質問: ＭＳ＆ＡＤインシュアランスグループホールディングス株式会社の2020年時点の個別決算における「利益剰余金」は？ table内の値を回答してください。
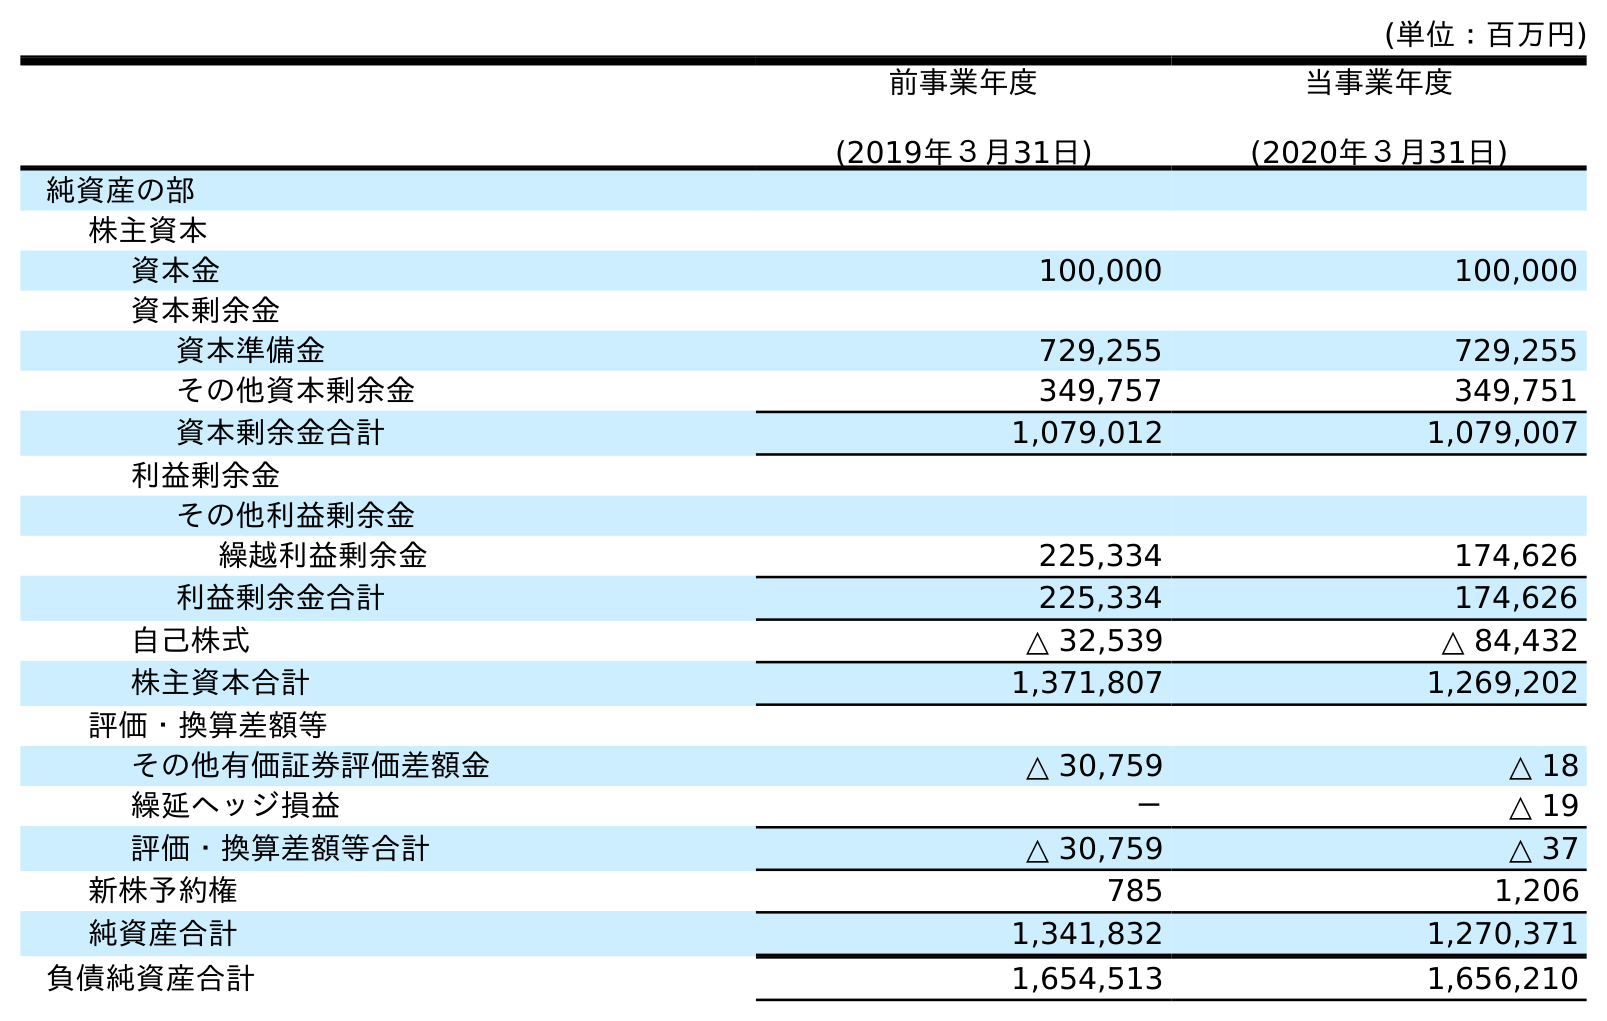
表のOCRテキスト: (単位：百万円) 前事業年度 (2019年３月31日) 当事業年度 (2020年３月31日) 純資産の部 株主資本 資本金 100,000 100,000 資本剰余金 資本準備金 729,255 729,255 その他資本剰余金 349,757 349,751 資本剰余金合計 1,079,012 1,079,007 利益剰余金 その他利益剰余金 繰越利益剰余金 225,334 174,626 利益剰余金合計 225,334 174,626 自己株式 △ 32,539 △ 84,432 株主資本合計 1,371,807 1,269,202 評価・換算差額等 その他有価証券評価差額金 △ 30,759 △ 18 繰延ヘッジ損益 － △ 19 評価・換算差額等合計 △ 30,759 △ 37 新株予約権 785 1,206 純資産合計 1,341,832 1,270,371 負債純資産合計 1,654,513 1,656,210
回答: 174,626